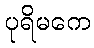
ပုရိမကေ